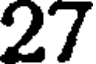
27